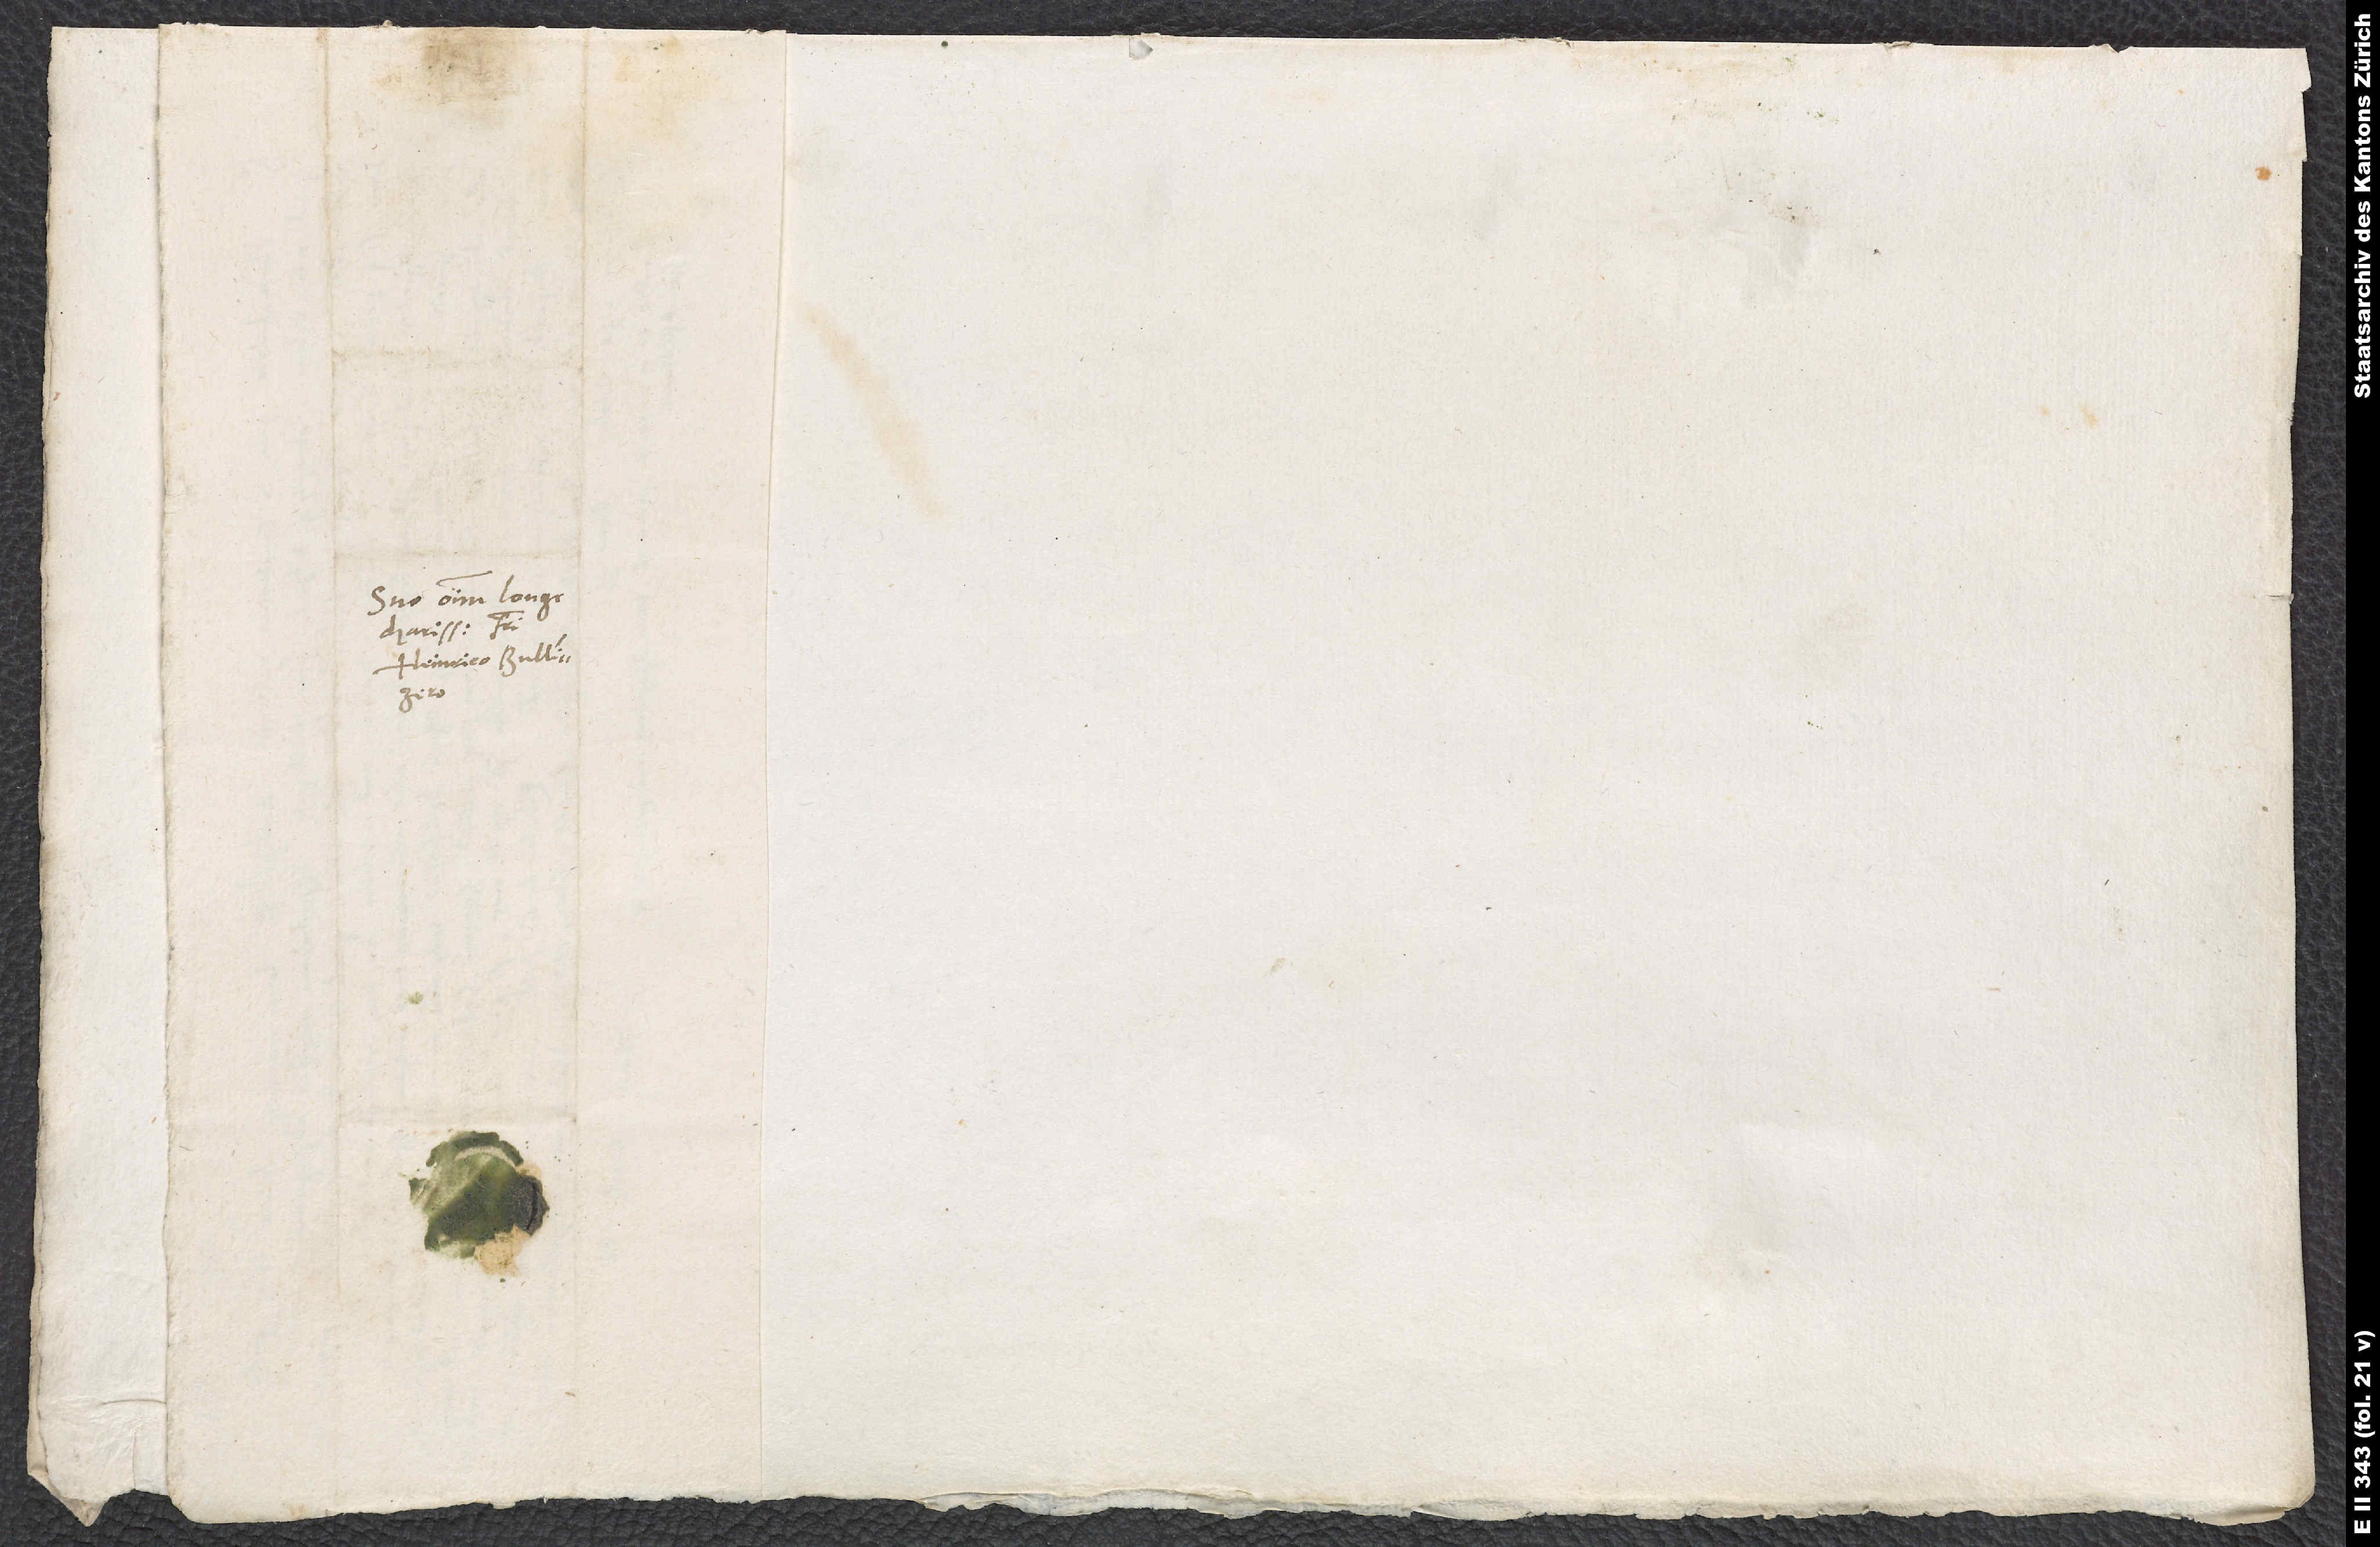
Suo omnium longe
charissimo fratri
Heinrico Bullingero.